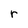
Character: r